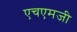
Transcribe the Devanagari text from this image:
एचएमजी